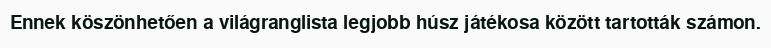
Ennek köszönhetően a világranglista legjobb húsz játékosa között tartották számon.